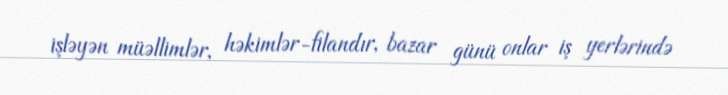
işləyən müəllimlər, həkimlər-filandır, bazar günü onlar iş yerlərində